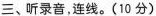
三、听录音，连线。(10分)